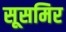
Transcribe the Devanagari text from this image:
सूसमिर